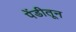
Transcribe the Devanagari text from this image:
पेंडीतून